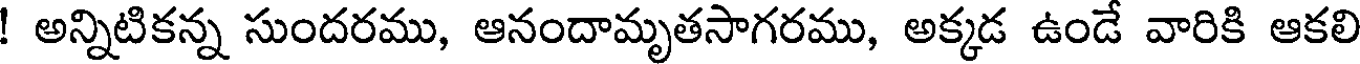
! అన్నిటికన్న సుందరము, ఆనందామృతసాగరము, అక్కడ ఉండే వారికి ఆకలి